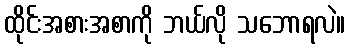
ထိုင်းအစားအစာကို ဘယ်လို သဘောရလဲ။